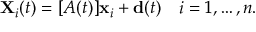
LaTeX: \mathbf { X } _ { i } ( t ) = [ A ( t ) ] \mathbf { x } _ { i } + \mathbf { d } ( t ) \quad i = 1 , \ldots , n .